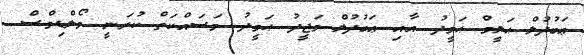
ޢަބުދުލް ޙަލީމް ޙަމީދު އާއި ޢަބުދުލް މަޖީދު ޙަމީދު މަސައްކަތް ކުރަނީ މޯލްޑިވްސް